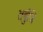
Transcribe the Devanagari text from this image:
तर्बुजि